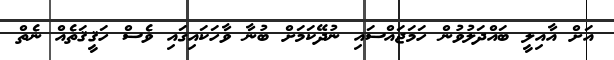
އަށް އާއިލީ ބައްދަލުވުން ހަމަޖައްސައި ނުދޭކަމަށް ބުނާ ވާހަކަައިގައި ވެސް ހަޤީޤަތެއް ނެތް